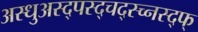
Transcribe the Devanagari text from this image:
अस्धुअस्द्पस्द्चद्स्च्नस्द्फ्